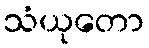
သံယုတော